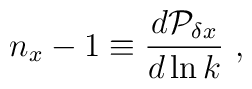
n_x-1 \equiv {d{\cal P}_{\delta x} \over d\ln k} \ ,